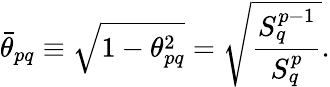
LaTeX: \bar{\theta}_{pq}\equiv\sqrt{1-\theta_{pq}^{2}}=\sqrt{\frac{S_{q}^{p-1}}{S_{q}^{p}}}.